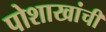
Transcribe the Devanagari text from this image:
पोशाखांची